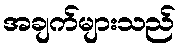
အချက်များသည်